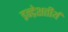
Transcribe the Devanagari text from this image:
इन्द्रेशतीर्थ